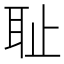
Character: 耻